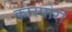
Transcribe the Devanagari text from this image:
कारपोरा